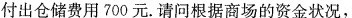
付出仓储费用700元。请问根据商场的资金状况，